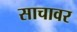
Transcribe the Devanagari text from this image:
साचावर